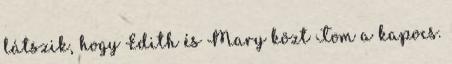
látszik, hogy Edith és Mary közt Tom a kapocs.